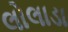
લોલાડા